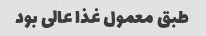
طبق معمول غذا عالی بود